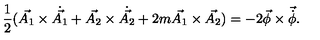
\frac { 1 } { 2 } ( \vec { A _ { 1 } } \times { \dot { \vec { A _ { 1 } } } } + \vec { A _ { 2 } } \times \dot { \vec { A _ { 2 } } } + 2 m \vec { A _ { 1 } } \times \vec { A _ { 2 } } ) = - 2 \vec { \phi } \times { \vec { \dot { \phi } } } .